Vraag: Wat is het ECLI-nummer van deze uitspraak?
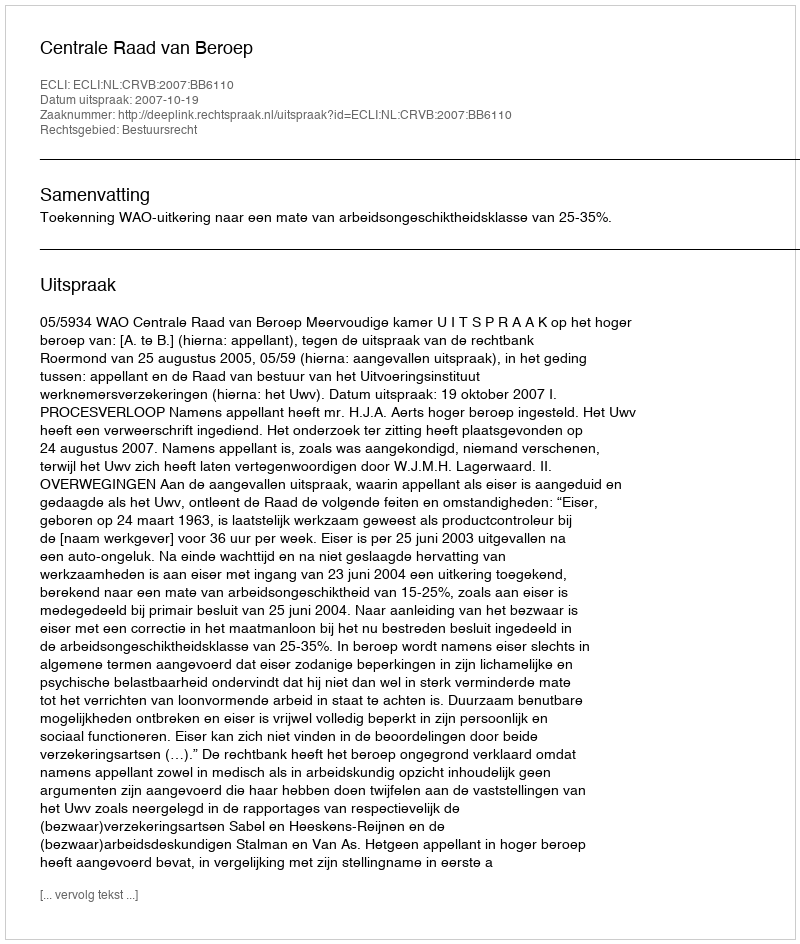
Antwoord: ECLI:NL:CRVB:2007:BB6110